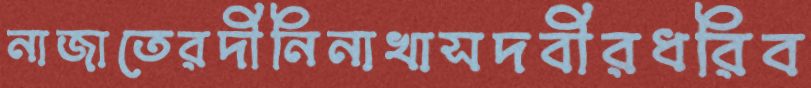
নাজাতেরদীনিনাখাসদবীরধরিব